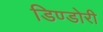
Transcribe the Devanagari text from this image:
डिण्डोरी